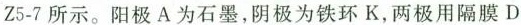
Z5-7所示。阳极A为石墨，阴极为铁环K，两极用隔膜D